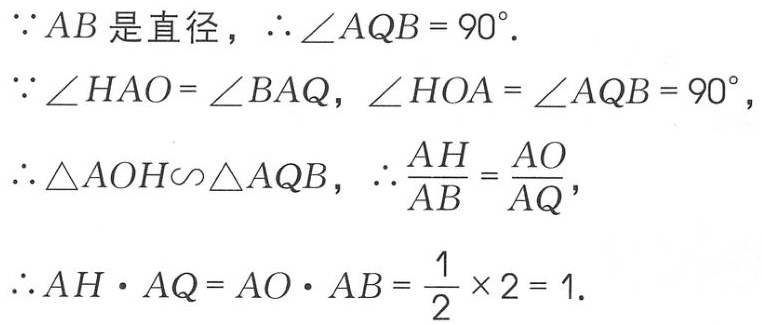
\(\because AB是直径，\therefore\angle AQB = 90^{\circ}.\)
\(\because\angle HAO = \angle BAQ，\angle HOA = \angle AQB = 90^{\circ}，\)
\(\therefore\triangle AOH\sim\triangle AQB，\therefore\frac{AH}{AB}=\frac{AO}{AQ}，\)
\(\therefore AH\cdot AQ = AO\cdot AB=\frac{1}{2}\times2 = 1.\)